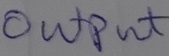
Text: OUTPUT